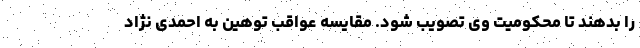
را بدهند تا محکومیت وی تصویب شود. مقایسه عواقب توهین به احمدی نژاد